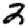
Digit: 2